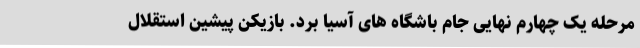
مرحله یک چهارم نهایی جام باشگاه های آسیا برد. بازیکن پیشین استقلال